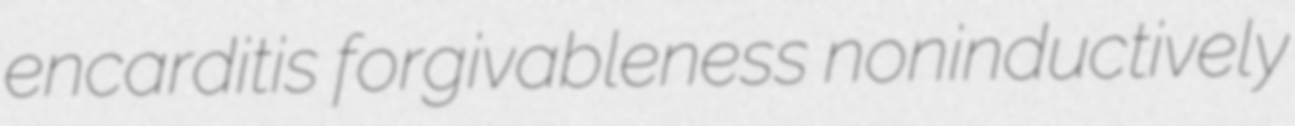
encarditis forgivableness noninductively